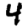
Digit: 4